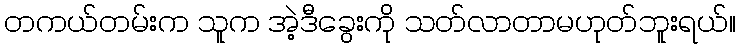
တကယ်တမ်းက သူက အဲ့ဒီခွေးကို သတ်လာတာမဟုတ်ဘူးရယ်။